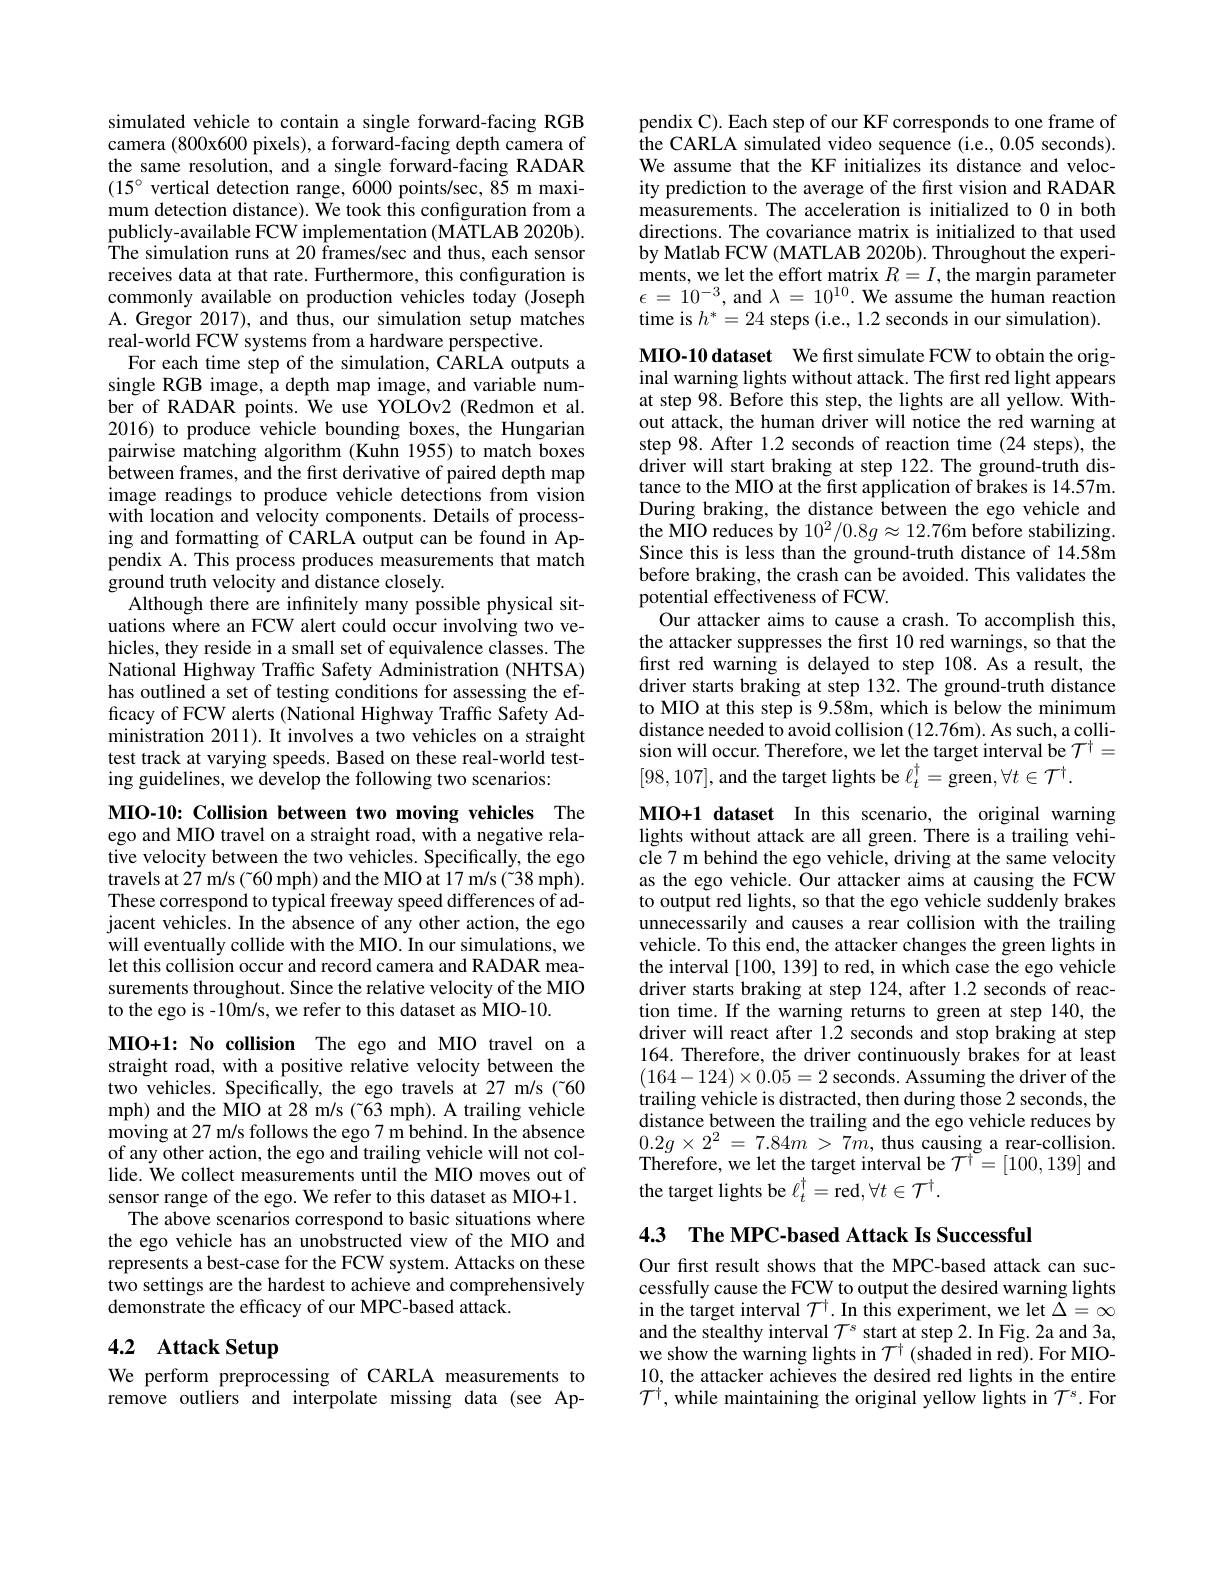
simulated vehicle to contain a single forward-facing RGB camera (800x600 pixels), a forward-facing depth camera of the same resolution, and a single forward-facing RADAR $(15^{\circ}$ vertical detection range, 6000 points/sec, 85 m maximum detection distance). We took this configuration from a publicly-available FCW implementation (MATLAB 2020b). The simulation runs at 20 frames/sec and thus, each sensor receives data at that rate. Furthermore, this configuration is commonly available on production vehicles today (Joseph A. Gregor 2017), and thus, our simulation setup matches real-world FCW systems from a hardware perspective.
For each time step of the simulation, CARLA outputs a single RGB image, a depth map image, and variable number of RADAR points. We use YOLOv2 (Redmon et al. 2016) to produce vehicle bounding boxes, the Hungarian pairwise matching algorithm (Kuhn 1955) to match boxes between frames, and the first derivative of paired depth map image readings to produce vehicle detections from vision with location and velocity components. Details of processing and formatting of CARLA output can be found in Appendix A. This process produces measurements that match ground truth velocity and distance closely.
Although there are infinitely many possible physical situations where an FCW alert could occur involving two vehicles, they reside in a small set of equivalence classes. The National Highway Traffic Safety Administration (NHTSA) has outlined a set of testing conditions for assessing the efficacy of FCW alerts (National Highway Traffic Safety Administration 2011). It involves a two vehicles on a straight test track at varying speeds. Based on these real-world testing guidelines, we develop the following two scenarios:

MIO-10: Collision between two moving vehicles The ego and MIO travel on a straight road, with a negative relative velocity between the two vehicles. Specifically, the ego travels at 27 m/s ( 60 mph) and the MIO at 17 m/s ( 38 mph). These correspond to typical freeway speed differences of adjacent vehicles. In the absence of any other action, the ego will eventually collide with the MIO. In our simulations, we let this collision occur and record camera and RADAR measurements throughout. Since the relative velocity of the MIO to the ego is -10m/s, we refer to this dataset as MIO-10.

MIO+1: No collision The ego and MIO travel on a straight road, with a positive relative velocity between the two vehicles. Specifically, the ego travels at 27 m/s ("60 mph) and the MIO at 28 m/s (763 mph). A trailing vehicle moving at 27 m/s follows the ego 7 m behind. In the absence of any other action, the ego and trailing vehicle will not collide. We collect measurements until the MIO moves out of sensor range of the ego. We refer to this dataset as MIO+1.
The above scenarios correspond to basic situations where the ego vehicle has an unobstructed view of the MIO and represents a best-case for the FCW system. Attacks on these two settings are the hardest to achieve and comprehensively demonstrate the efficacy of our MPC-based attack.

# 4.2 Attack Setup

We perform preprocessing of CARLA measurements to remove outliers and interpolate missing data (see Ap-

pendix C). Each step of our KF corresponds to one frame of the CARLA simulated video sequence (i.e., 0.05 seconds). We assume that the KF initializes its distance and velocity prediction to the average of the first vision and RADAR measurements. The acceleration is initialized to 0 in both directions. The covariance matrix is initialized to that used by Matlab FCW (MATLAB 2020b). Throughout the experiments, we let the effort matrix $R=I$, the margin parameter $\epsilon=10^{-3}$, and $\lambda=10^10.$ We assume the human reaction time is $h^*=24$ steps (i.e., 1.2 seconds in our simulation).

MIO-10 dataset We first simulate FCW to obtain the original warning lights without attack. The first red light appears at step 98. Before this step, the lights are all yellow. Without attack, the human driver will notice the red warning at step 98. After 1.2 seconds of reaction time (24 steps), the $\hat{\text{driver will start braking at step}}122.$The ground-truth distance to the MIO at the first application of brakes is 14.57m. During braking, the distance between the ego vehicle and the MIO reduces by $10^2/0.8g\approx12.76$m before stabilizing. Since this is less than the ground-truth distance of 14.58m before braking, the crash can be avoided. This validates the potential effectiveness of FCW.
Our attacker aims to cause a crash. To accomplish this, the attacker suppresses the first 10 red warnings, so that the first red warning is delayed to step 108. As a result, the driver starts braking at step 132. The ground-truth distance to MIO at this step is 9.58m, which is below the minimum distance needed to avoid collision (12.76m). As such, a collision will occur. Therefore, we let the target interval be $\mathcal{T}^\dagger=$ [98,107],and the target lights be $\ell_t^\dagger=$green$,\forall t\in\mathcal{T}^\dagger.$
MIO+1 dataset In this scenario, the original warning lights without attack are all green. There is a trailing vehicle 7 m behind the ego vehicle, driving at the same velocity as the ego vehicle. Our attacker aims at causing the FCW to output red lights, so that the ego vehicle suddenly brakes unnecessarily and causes a rear collision with the trailing vehicle. To this end, the attacker changes the green lights in

the interval [100, 139] to red, in which case the ego vehicle driver starts braking at step 124, after 1.2 seconds of reaction time. If the warning returns to green at step 140, the driver will react after 1.2 seconds and stop braking at step 164. Therefore, the driver continuously brakes for at least $(164-124)\times0.05=2$ seconds. Assuming the driver of the trailing vehicle is distracted, then during those 2 seconds, the distance between the trailing and the ego vehicle reduces by $0.2g\times2^{2}=7.84m>7m$,thus causing a rear-collision. Therefore, we let the target interval be $\mathcal{T}^\dagger=[100,139]$ and the target lights be $\ell_t^\dagger=$red, $\forall t\in\mathcal{T}^\dagger.$

4.3 The MPC-based Attack Is Successful

Our first result shows that the MPC-based attack can successfully cause the FCW to output the desired warning lights in the target interval $\mathcal{T}^+.$ In this experiment, we let $\widetilde\Delta=\infty$ and the stealthy interval $\mathcal{T}^s$ start at step 2. In Fig. 2a and 3a, we show the warning lights in $\mathcal{T}^{\dagger}$ (shaded in red). For MIO- 10, the attacker achieves the desired red lights in the entire $\mathcal{T}^{\dagger}$, while maintaining the original yellow lights in $\mathcal{T}^{s}.$For